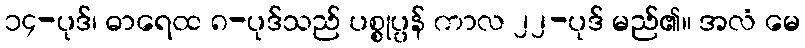
၁၄-ပုဒ်၊ ဓာရေထ ၈-ပုဒ်သည် ပစ္စုပ္ပန် ကာလ ၂၂-ပုဒ် မည်၏။ အလံ မေ